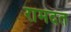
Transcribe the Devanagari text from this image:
रामदत